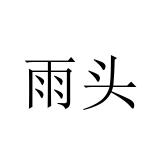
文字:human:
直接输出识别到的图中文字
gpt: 雨头